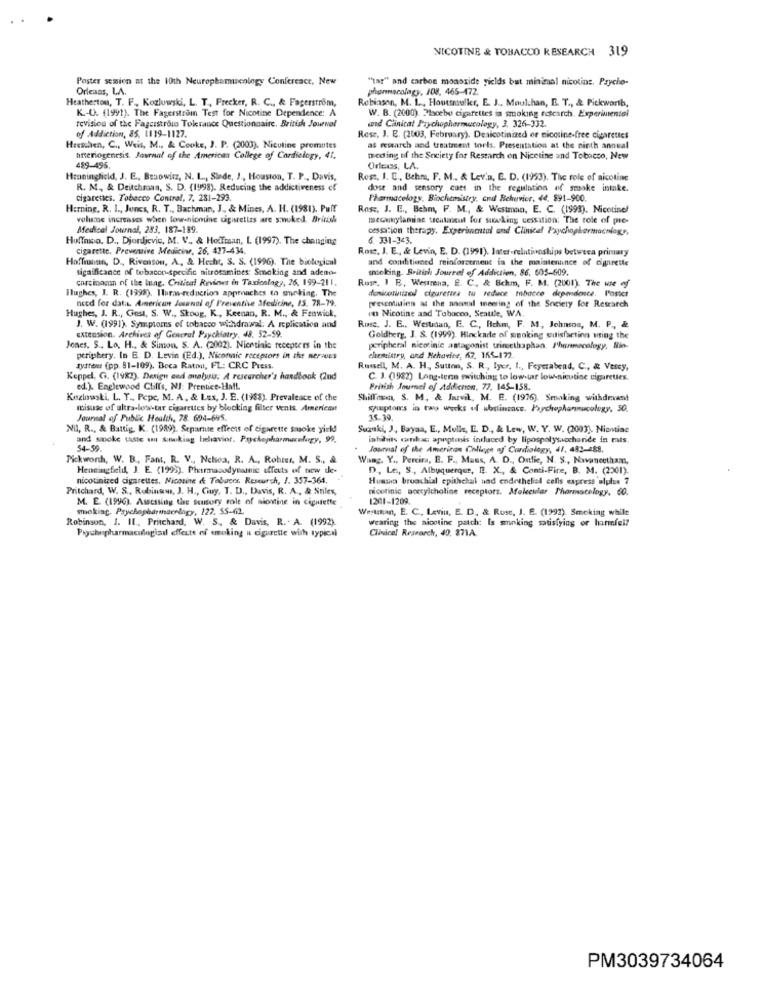
NICOTINE & TOBACCO RESEARCH 319
Poster semien at the 10th Neurophamucology Confereact, New
"tar" and carbon monoxide yields but minimal nicotine. Psycho-
Orleans, LA.
pharmacology, 108, 465-172.
Heatherton, T. F, Kozlowski, L. T ., Frecker, R. C ., & Fagerström,
Rebiason, M. L ., Houtsmuller, E. J ., Moul.han, E. T ., & Pickworth,
K .- U. (1991). The Fagerstromn Test for Nicotine Dependence: A
and Clinical Prychopharmacology, 3. 326-332.
W. B. (2000). Placebo cigarettes in smoking research. Experimental
revision of the Fagerstrou Tokrauce Questionnaire, British Journal
of Addiction, 85. 1119-1127.
Rese, J. E. (2003, February). Deaicotinized or nicotine-free cigarettes
Hexthen, C ., Weis, M ., & Cooke, J. P. (2003). Nicotine promotes
as research and treatment torls. Presentation at the ninth annual
anteriogenesis. Journal of the American College of Cardiology, 41,
meding of the Society for Restarch on Nicotine and Tobacco, New
459-496.
Orless, LA.
Henningfield, J. E ., Braowitz, N. L ., Siade, J ., Houston, T. P ., Davis,
Ross, I. C ., Behm, F. M ., & Lev'a, E. D. (1953). The role of nicotine
R. M ., & Deitchman, S. D. (1998). Reducing the addictiveness ef
dose and sensory coes in the regulation of smoke intake.
cigarettes. Tobacco Control, 7. 281-293.
Pharmacology. Biochemistry, and Behuvier, 44, 891-900.
Herning, R. 1 ., Junes, R. T ., Bachman, J ., & Mines, A. H. (1981). Puff
Ross, J. E ., Bchm, F. M ., & Westman, E. C. (1993). Nicotine!
volume increases when low-nicmine cigarettes are smoked. British
mecakylamine seitaicul for sucking cessation: The role of pre-
Medical Journal, 253, 187-189.
cessation therapy. Experimental and Clinical Psychopharmacology,
Hoffnico. D ., Djordjevic, M. V. & Hoffman, L. (1997). The changing
6. 331-343.
cigarette. Preventive Medicine, 26, 427-434.
Rost, J. E ., & Levin, E. D. (1991). later-relationships between primary
Hoffiunan, D ., Rivesson, A, & Hecht, S. S. (1996). The biological
and conditioned reinforcement in the maintenance of cigrette
significance of tobacon-specific nitrossmines: Smoking and adeno-
shocking. British Jourrel of Addiction, 86. 605-509.
carcinoman of the lung. Critical Reviews in Taxionlagy, 26. 199-211.
Rose, 1 E, Westmena, E. C. & Bchm, F. M. (2001). The use of
Hughes, I. R. (1998). Ilarm-reduction approaches to smoking, The
donicotinized cteurertea to reduce tobacco dependonce. Posici
need for dati. American Journal of Preventive Medicine, IS. 78-79.
pesMiMien at the manal merring of the Society for Research
Hughes, J. R ., Gest, S. W ., Skoug, K ., Keenan, R. M ., & Fenwick,
in Nicotine and Tobacco, Seattle, WA.
J. W. (1991). Symptoms of tobacco withdrawal: A replication and
Rose, J. E ., Westaan, E. C ., Richm, F. M ., Johnson, M. P ., &
extension. Archives of General Psychiatry, 48, 52-59.
Goldberg, J. S. (1999). Hlockade of smoking sitisfaction wring the
Jones. S ., Lo. H ., & Simon, S. A. (2002). Nientiale recepters in the
peripheral nicotinic antagonist trimethaphan. Pharmacology, Nin-
periphery, In B. D. Levin (Ed.), Niconnic receptors in the nervuss
chemistry, and Nehavier, 47, 155-172.
tysfour (pp. 81-109), Boca Raton, FL: CRC Press.
Russell, M. A. H ., Sutton, S. R. lyer, I ., Feyerabend, C ., & Vetry,
Keppel, G. (1982). Derign and analysis. A researcher's handbook (2nd
C. J. (1982) Long-term switching to low-taar low-nicotine cigarettes.
ed.). Englewood Cliffs, NJ: Prentice-Hall.
British Journal of Addicton, 77, 145-158.
Kozlowski, L. T ., Pepe, M. A. & Las, J. E. (1988). Prevalence of the
Shiffmen, S. M. & Jurvil, M. E. (1976). Smaking withdevant
misuse of ultra-low-tar cigarettes by blocking filter vents. American
Septours in two works of abstinsacs. Psychophannucology, 50.
Journal of Public Health, 78. 604-695.
15.39
Nil, R ., & Battig, K. (1989). Separte effects of cigarette smoke yick!
Suzuki, J, Bayaa, E ., Mulle, E. D ., & Lew, W. Y. W. (2003). Niontise
and smoke taste ou Sinking behavior. Psychopharmacology, 99,
inhahits canhas apnptenis induced by lipospolysaccharide in mis.
54-99.
Journal of the American College of Cardiology, 41, 482-488.
Pickworth, W. B, Fant, R. V ., Nchea, R. A ., Robrer, M. S ., &
Wang. Y ., Percira, E. F ., Muss, A. D ., Ontlic, N. S ., Navancetham,
Henningfield, J. E. (1999). Pharmacodynamic effects of new de-
D, Le ., S ., Albuquerque, R. X ., & Conti-Fire, B. M. (2001).
nicotinized cigarettes. Nicotine & Tabacos Research, J. 357-364,
Huana bruachial epithchal had endrthelial cells express alulus 7
Pritchard, W. S ., Rubinaw, J. H ., Guy, T. D ., Davis, R. A ., & Stiles,
nicotinic acetylcholine receptors. Molecular Pharmacology, 60.
M. E. (1996). Assessing tre sensory role of siontine in cigarette
1201-1209.
mioking. Psychopharinaenlagy, 122. 55-612.
Westman, E. C ., Levin, E. D. & Rust, J. E. (1992). Smoking while
Robinson, J. Il ., Pritchard, W. S ., & Davis, R. - A. (1992).
wearing the nicotine patch: Is smoking satisfying or harmful?
Clinical Research, 49. 371A.
Prychepharmaculogiail effects of smoking a cigarette with typical
PM3039734064